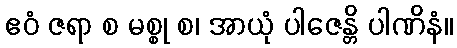
ဧဝံ ဇရာ စ မစ္စု စ၊ အာယုံ ပါဇေန္တိ ပါဏိနံ။